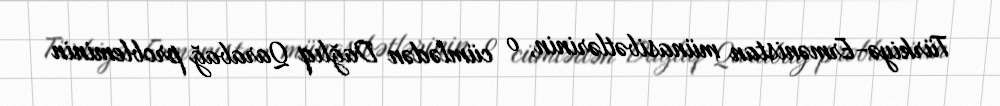
Türkiyə-Ermənistan münasibətlərinin, o cümlədən Dağlıq Qarabağ probleminin